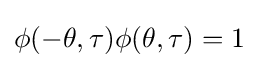
\phi (-\theta ,\tau )\phi (\theta ,\tau )=1